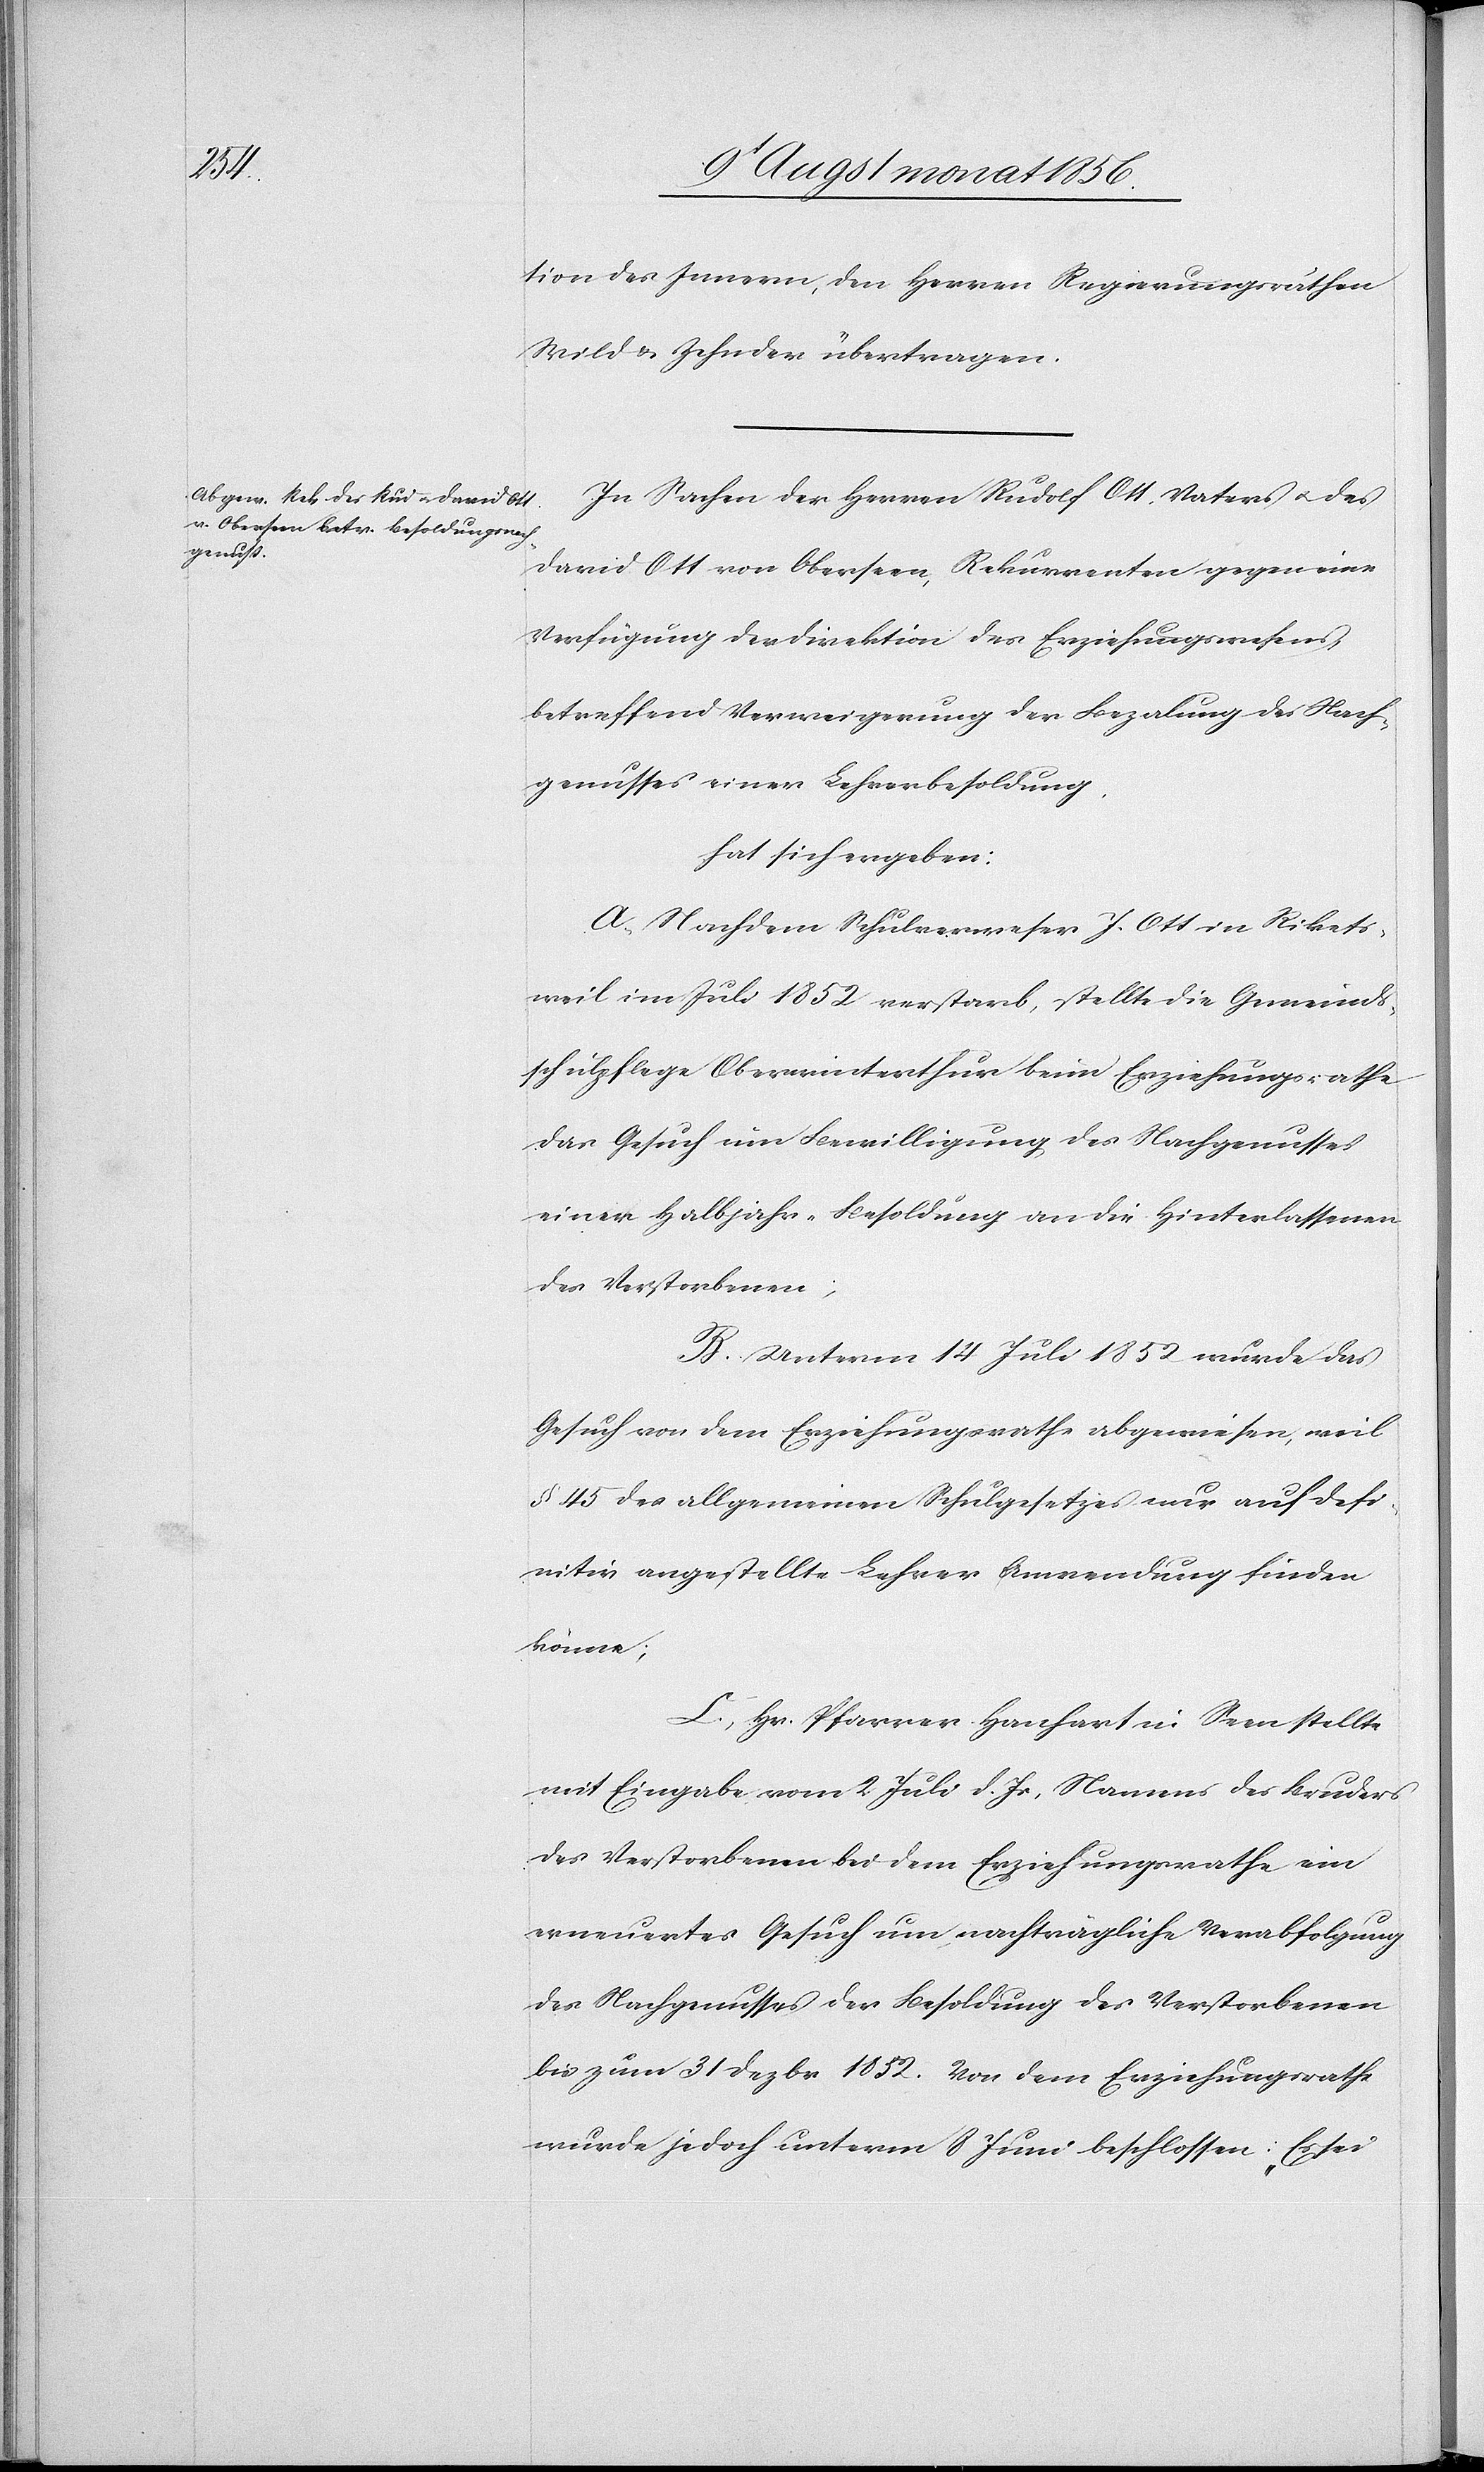
tion des Innern, den Herren Regierungsräthen
Wild & Zehnder übertragen.
In Sachen der Herren Rudolf Ott, Vaters u. des
David Ott von Oberseen, Rekurrenten gegen eine
Verfügung der Direktion des Erziehungswesens,
betreffend Verweigerung der Bezalung des Nach¬
genusses einer Lehrerbesoldung.
hat sich ergeben:
A.) Nachdem Schulverweser J. Ott in Rikets¬
weil im Juli 1852 verstarb, stellte die Gemeinds¬
schulpflege Oberwinterthur beim Erziehungsrathe
das Gesuch um Bewilligung des Nachgenusses
einer Halbjahr-Besoldung an die Hinterlassenen
des Verstorbenen;
B.) Unterm 14 Juli 1852 wurde das
Gesuch von dem Erziehungsrathe abgewiesen, weil
§ 45 des allgemeinen Schulgesetzes nur auf def¬
initiv angestellte Lehrer Anwendung finden
könne;
C.) Hr. Pfarrer Hanhart in Seen stellte
mit Eingabe vom 2 Juli d. Js, Namens des Bruders
des Verstorbenen bei dem Erziehungsrathe ein
erneuertes Gesuch um nachträgliche Verabfolgung
des Nachgenusses der Besoldung des Verstorbenen
bis zum 31 Dezbr 1852. Von dem Erziehungsrathe
wurde jedoch unterm 8 Juni beschlossen: „Es sei